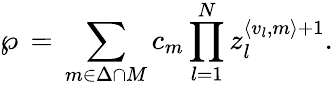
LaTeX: \wp\, =\, \sum_{{m}\in{\Delta\cap M}}c_{m}\prod_{l=1}^{N}z_{l}^{\langle{v}_{l},{m}\rangle+1}.